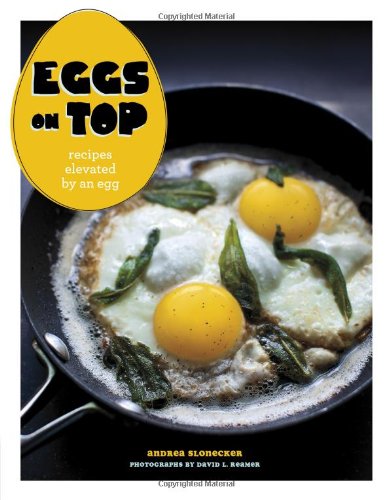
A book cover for Eggs on Top: Recipes Elevated by an Egg; Andrea Slonecker; Cookbooks, Food & Wine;